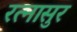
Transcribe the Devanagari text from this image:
रत्नासुर